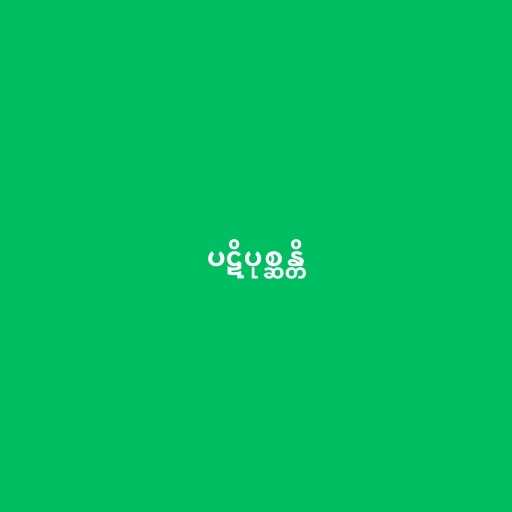
ပဋိပုစ္ဆန္တိ